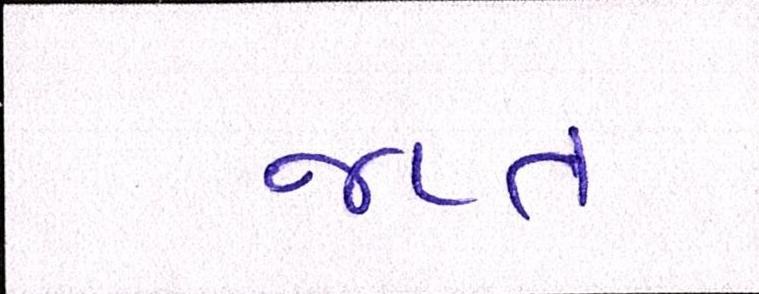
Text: જપ્ત